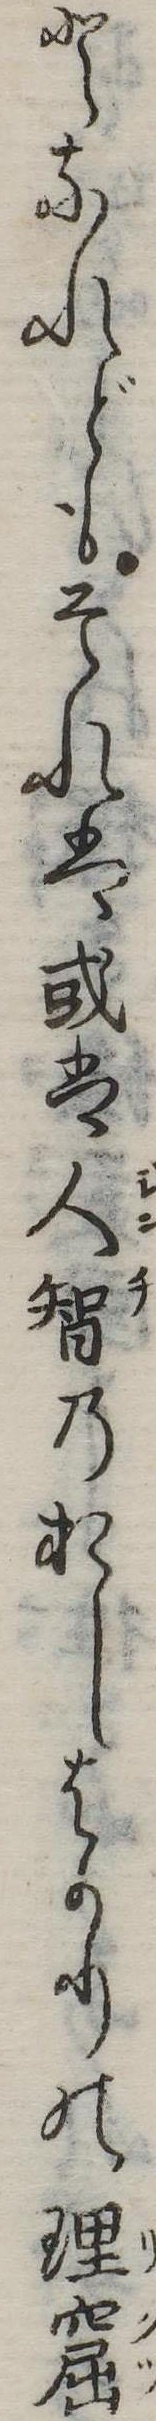
となれどもそれは或は人智のおしはかりの理窟